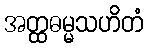
အတ္ထဓမ္မသဟိတံ